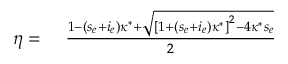
\begin{array} { r l } { \eta = } & { { } \ \frac { 1 - ( s _ { e } + i _ { e } ) \kappa ^ { * } + \sqrt { \left[ 1 + ( s _ { e } + i _ { e } ) \kappa ^ { * } \right] ^ { 2 } - 4 \kappa ^ { * } s _ { e } } } { 2 } } \end{array}